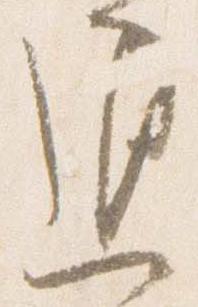
退